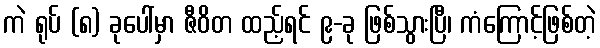
ကဲ ရုပ် (၈) ခုပေါ်မှာ ဇီဝိတ ထည့်ရင် ၉-ခု ဖြစ်သွားပြီ၊ ကံကြောင့်ဖြစ်တဲ့